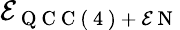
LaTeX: \mathcal{E}_{\mathrm{{~Q~C~C~(~4~)~+~\mathcal{E}~N~}}}